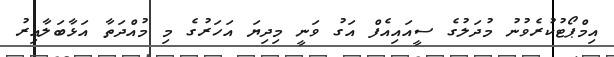
އިމްޕޯޓުކުރެވުނު މުދަލުގެ ސީއައިއެފް އަގު ވަނީ މިދިޔަ އަހަރުގެ މި މުއްދަތާ އަޅާބަލާއިރު